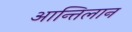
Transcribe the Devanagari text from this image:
आन्तिलान